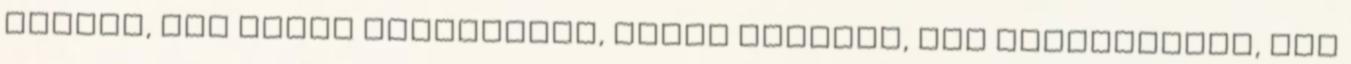
iskola, két ipari szakiskola, három polgári, két főgimnázium, egy